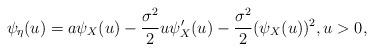
LaTeX: \begin{align*} \psi_\eta(u) = a \psi_X(u) - \frac{\sigma^2}{2} u \psi_X'(u) - \frac{\sigma^2}{2} (\psi_X(u))^2,u > 0,\end{align*}